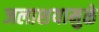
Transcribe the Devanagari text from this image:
जलाशयामुळे